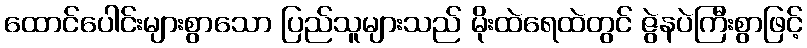
ထောင်ပေါင်းများစွာသော ပြည်သူများသည် မိုးထဲရေထဲတွင် ဇွဲနပဲကြီးစွာဖြင့်